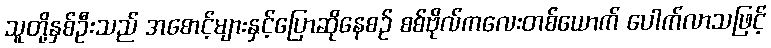
သူတို့နှစ်ဦးသည် အစောင့်များနှင့်ပြောဆိုနေစဉ် စစ်ဗိုလ်ကလေးတစ်ယောက် ပေါက်လာသဖြင့်